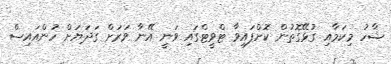
ޝާހު މިކަމާއި ގުޅޭގޮތުން ކޮށްފައިވާ ޓްވީޓްގައި ވަނީ އޭނާ ވަރަށް ގަދަޔަށް ހުންއައިސް